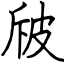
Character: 㿭